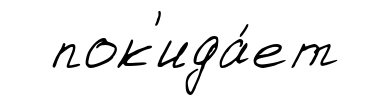
пок'ида́ет